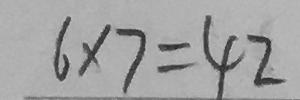
6 \times 7 = 4 2